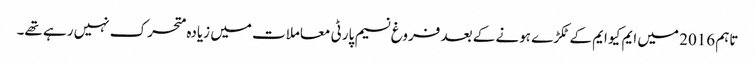
تاہم 2016 میں ایم کیو ایم کے ٹکڑے ہونے کے بعد فروغ نسیم پارٹی معاملات میں زیادہ متحرک نہیں رہے تھے۔